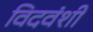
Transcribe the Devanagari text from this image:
विदवंशी